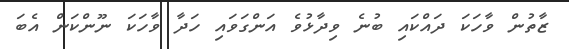
ޒާތުން ވާހަކަ ދައްކައި ބުނެ ވިދާޅުވެ އަންގަވައި ހަދާ ވާހަކަ ނޫންކަން އެބަ